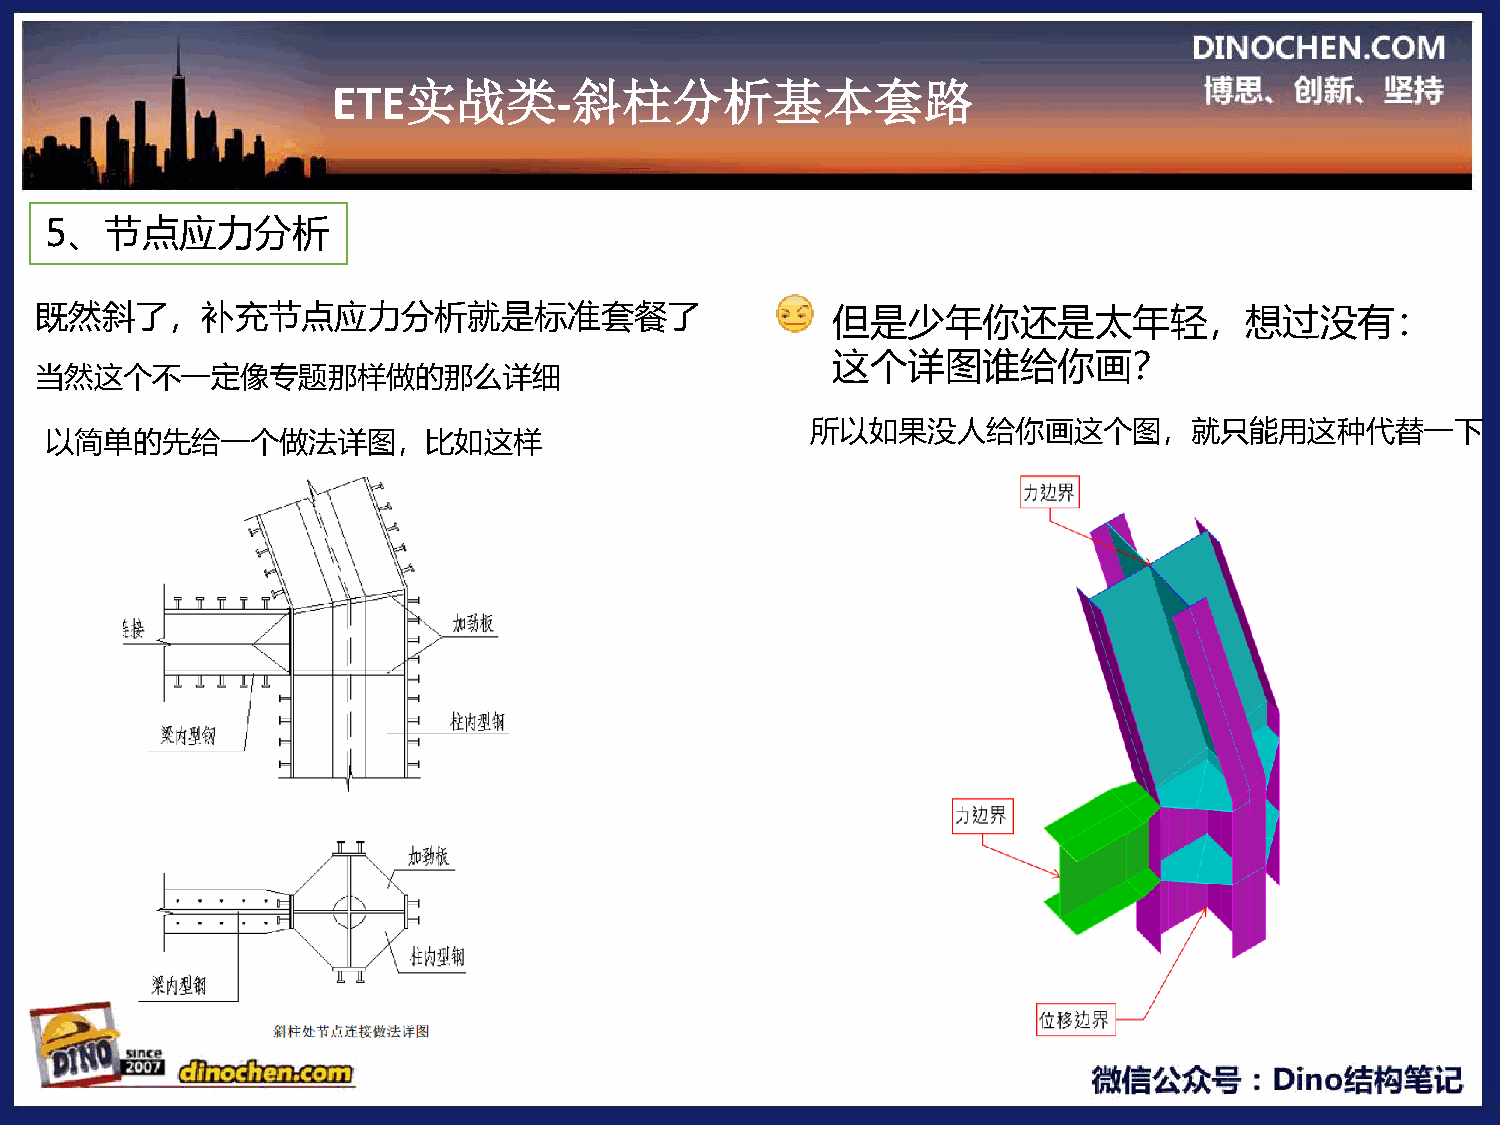
ETE实战类-斜柱分析基本套路
 5、节点应力分析
 既然斜了，补充节点应力分析就是标准套餐了                                 但是少年你还是太年轻，想过没有：
 这个详图谁给你画？
 当然这个不一定像专题那样做的那么详细
 所以如果没人给你画这个图，就只能用这种代替一下
 以简单的先给一个做法详图，比如这样